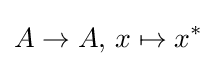
A\to A,\,x\mapsto x^{*}